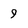
Character: 9